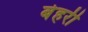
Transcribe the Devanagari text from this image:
बेहरी